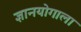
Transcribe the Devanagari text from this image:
ज्ञानयोगाला